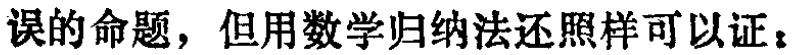
误的命题，但用数学归纳法还照样可以证：